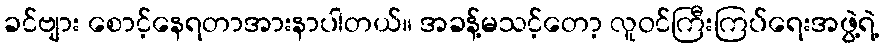
ခင်ဗျား စောင့်နေရတာအားနာပါတယ်။ အခန့်မသင့်တော့ လူဝင်ကြီးကြပ်ရေးအဖွဲ့ရဲ့